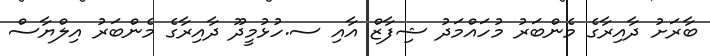
ބާރަށު ދާއިރާގެ މެންބަރު މުހައްމަދު ޝިފާޒް އާއި ސ.ހުޅުމީދޫ ދާއިރާގެ މެންބަރު އިލްޔާސް